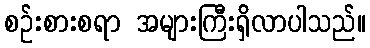
စဉ်းစားစရာ အများကြီးရှိလာပါသည်။